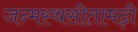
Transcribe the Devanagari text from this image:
जन्मस्थसीतामढ़ी